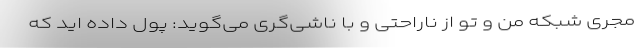
مجری شبکه من و تو از ناراحتی و با ناشی‌گری می‌گوید: پول داده اید که